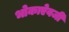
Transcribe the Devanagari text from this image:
भोकाऐवजी